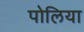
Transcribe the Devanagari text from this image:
पोलिया